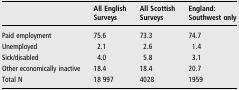
<table><thead><tr><td></td><td><b>All English Surveys</b></td><td><b>All Scottish Surveys</b></td><td><b>England: Southwest only</b></td></tr></thead><tbody><tr><td>Paid employment</td><td>75.6</td><td>73.3</td><td>74.7</td></tr><tr><td>Unemployed</td><td>2.1</td><td>2.6</td><td>1.4</td></tr><tr><td>Sick/disabled</td><td>4.0</td><td>5.8</td><td>3.1</td></tr><tr><td>Other economically inactive</td><td>18.4</td><td>18.4</td><td>20.7</td></tr><tr><td>Total N</td><td>18 997</td><td>4028</td><td>1959</td></tr></tbody></table>